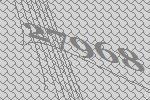
27968